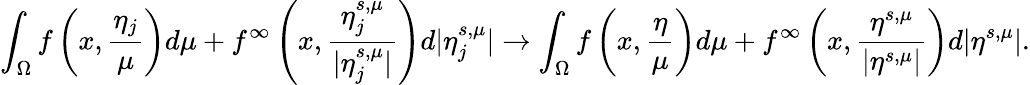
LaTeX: \int_{\Omega}f\left(x,\frac{\eta_{j}}{\mu}\right)d\mu+f^{\infty}\left(x,\frac{\eta_{j}^{s,\mu}}{|\eta_{j}^{s,\mu}|}\right)d|\eta_{j}^{s,\mu}|\to\int_{\Omega}f\left(x,\frac{\eta}{\mu}\right)d\mu+f^{\infty}\left(x,\frac{\eta^{s,\mu}}{|\eta^{s,\mu}|}\right)d|\eta^{s,\mu}|.